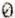
0